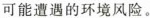
可能遭遇的环境风险。